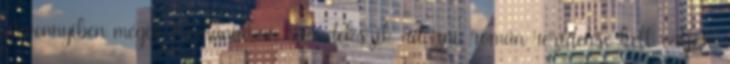
Amennyiben mégis Romániában szándékszik adózni, román rezidensé kell váljon.